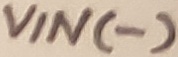
Text: VIN(-)